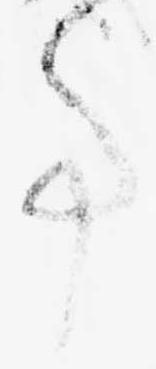
事